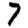
Digit: 7